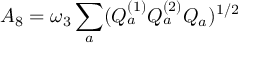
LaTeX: A _ { 8 } = \omega _ { 3 } \sum _ { a } ( Q _ { a } ^ { ( 1 ) } Q _ { a } ^ { ( 2 ) } Q _ { a } ) ^ { 1 / 2 }